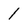
Character: 1